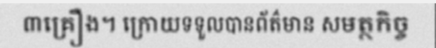
៣គ្រឿង។ ក្រោយទទួលបានព័ត៌មាន សមត្ថកិច្ច